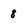
Character: 8